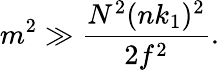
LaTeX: m^{2}\gg\frac{N^{2}(nk_{1})^{2}}{2f^{2}}.